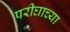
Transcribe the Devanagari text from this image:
परीघाच्या